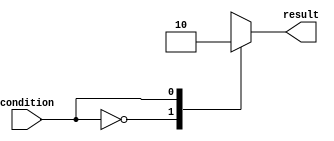
module example_module(
  input wire condition,
  output reg result
);

initial begin
  case (condition)
    2'b00: begin
      // Statements to be executed when condition is '00'
      result <= 8'b00000001;
    end
    2'b01: begin
      // Statements to be executed when condition is '01'
      result <= 8'b00000010;
    end
    2'b10: begin
      // Statements to be executed when condition is '10'
      result <= 8'b00000100;
    end
    default: begin
      // Statements to be executed for all other conditions
      result <= 8'b00001000;
    end
  endcase
end

endmodule